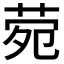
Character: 𬜶